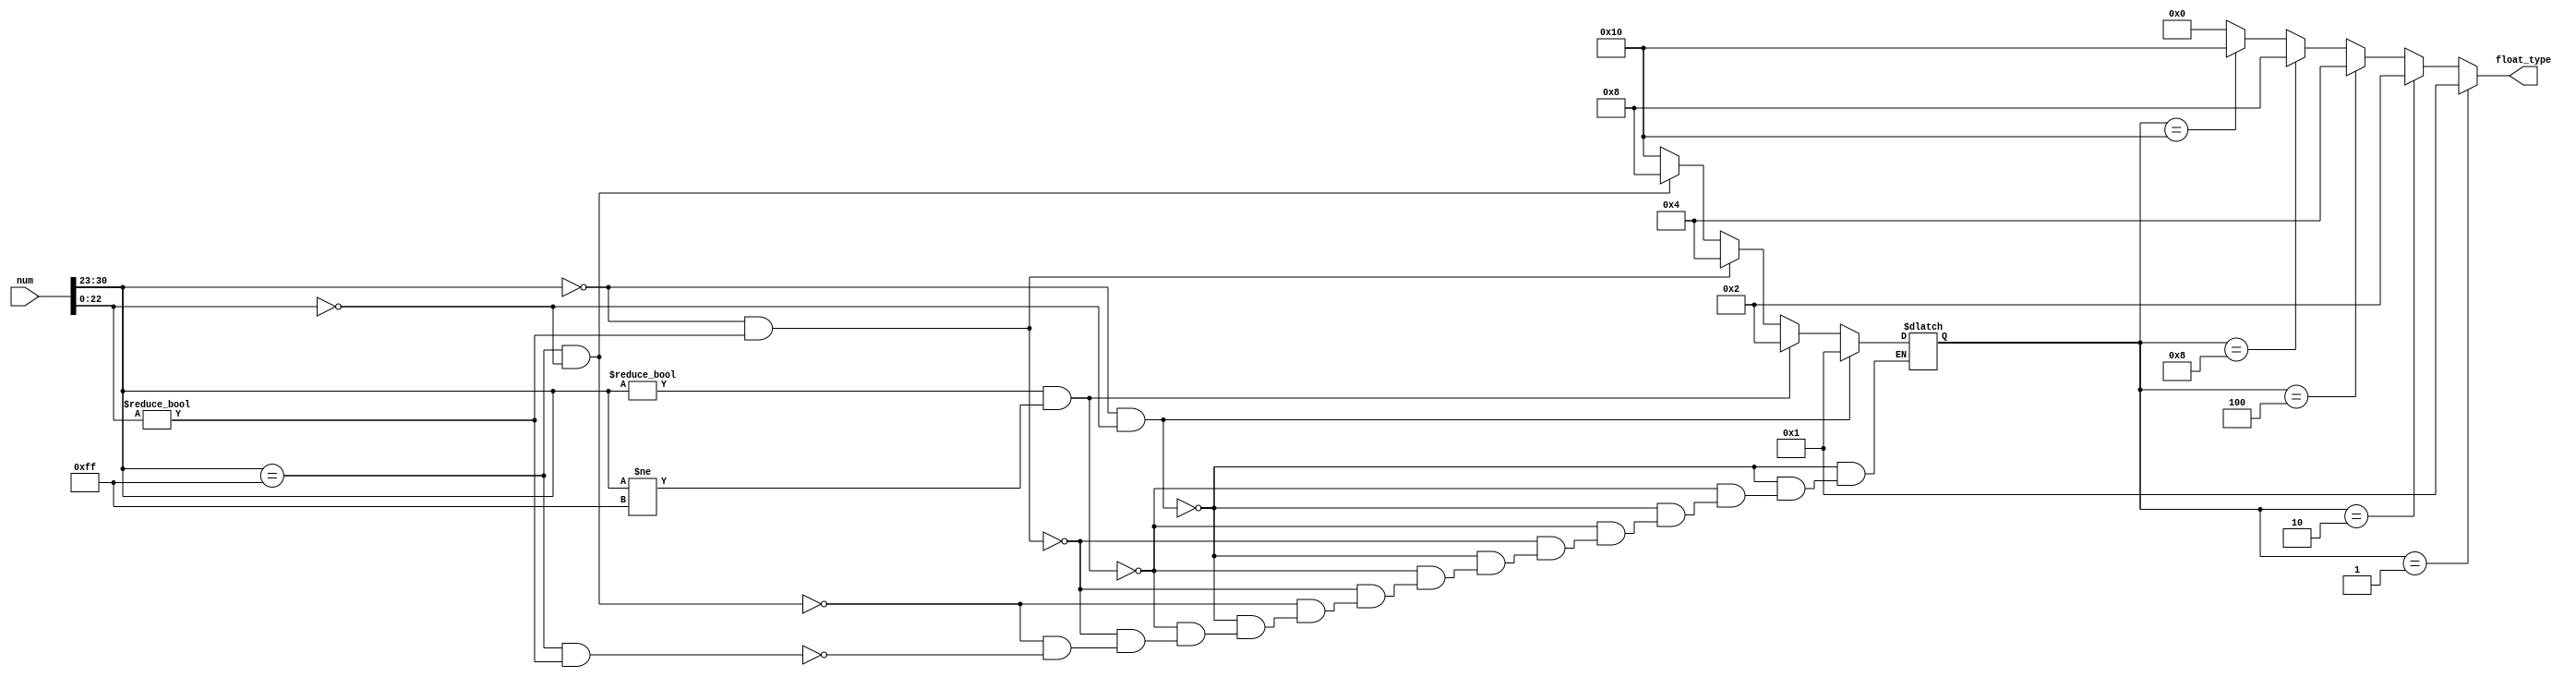
`define S0 5'b00001
`define S1 5'b00010
`define S2 5'b00100
`define S3 5'b01000
`define S4 5'b10000

module FloatType(
    input [31:0] num,
    output [4:0] float_type
);
    reg [7:0] stage;
    reg [22:0] trailing;
    reg [4:0] state;

    always @(*) begin
        stage = num[30:23];
        trailing = num[22:0];
        if (stage == 8'b00000000 && trailing == 23'b00000000000000000000000) begin
            state = `S0;
        end
        else if (stage != 8'b00000000 && stage != 8'b11111111) begin
            state = `S1;
        end
        else if (stage == 8'b00000000 && trailing != 23'b00000000000000000000000) begin
            state = `S2;
        end
        else if (stage == 8'b11111111 && trailing == 23'b00000000000000000000000) begin
            state = `S3;
        end
        else if (stage == 8'b11111111 && trailing != 23'b00000000000000000000000) begin
            state = `S4;
        end
    end
    assign float_type = state == `S0 ? `S0 :
                        state == `S1 ? `S1 :
                        state == `S2 ? `S2 :
                        state == `S3 ? `S3 :
                        state == `S4 ? `S4 :
                        5'b00000; 
endmodule //FloatType